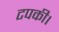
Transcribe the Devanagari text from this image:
टपकी।